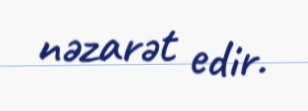
nəzarət edir.